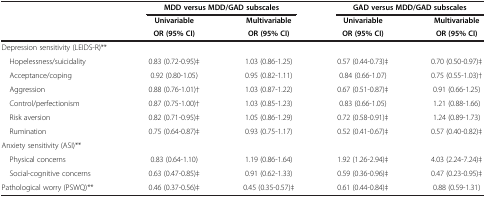
<table><thead><tr><td><b> </b></td><td colspan="2"><b>MDD versus MDD/GAD subscales</b></td><td colspan="2"><b>GAD versus MDD/GAD subscales</b></td></tr><tr><td><b> </b></td><td><b>Univariable</b></td><td><b>Multivariable</b></td><td><b>Univariable</b></td><td><b>Multivariable</b></td></tr><tr><td><b> </b></td><td><b>OR (95% CI)</b></td><td><b>OR (95% CI)</b></td><td><b>OR (95% CI)</b></td><td><b>OR (95% CI)</b></td></tr></thead><tbody><tr><td>Depression sensitivity (LEIDS-R)**</td><td> </td><td> </td><td> </td><td> </td></tr><tr><td> Hopelessness/suicidality</td><td>0.83 (0.72-0.95)‡</td><td>1.03 (0.86-1.25)</td><td>0.57 (0.44-0.73)‡</td><td>0.70 (0.50-0.97)‡</td></tr><tr><td> Acceptance/coping</td><td>0.92 (0.80-1.05)</td><td>0.95 (0.82-1.11)</td><td>0.84 (0.66-1.07)</td><td>0.75 (0.55-1.03)†</td></tr><tr><td> Aggression</td><td>0.88 (0.76-1.01)†</td><td>1.03 (0.87-1.22)</td><td>0.67 (0.51-0.87)‡</td><td>0.91 (0.66-1.25)</td></tr><tr><td> Control/perfectionism</td><td>0.87 (0.75-1.00)†</td><td>1.03 (0.85-1.23)</td><td>0.83 (0.66-1.05)</td><td>1.21 (0.88-1.66)</td></tr><tr><td> Risk aversion</td><td>0.82 (0.71-0.95)‡</td><td>1.05 (0.86-1.29)</td><td>0.72 (0.58-0.91)‡</td><td>1.24 (0.89-1.73)</td></tr><tr><td> Rumination</td><td>0.75 (0.64-0.87)‡</td><td>0.93 (0.75-1.17)</td><td>0.52 (0.41-0.67)‡</td><td>0.57 (0.40-0.82)‡</td></tr><tr><td>Anxiety sensitivity (ASI)**</td><td> </td><td> </td><td> </td><td> </td></tr><tr><td> Physical concerns</td><td>0.83 (0.64-1.10)</td><td>1.19 (0.86-1.64)</td><td>1.92 (1.26-2.94)‡</td><td>4.03 (2.24-7.24)‡</td></tr><tr><td> Social-cognitive concerns</td><td>0.63 (0.47-0.85)‡</td><td>0.91 (0.62-1.33)</td><td>0.59 (0.36-0.96)‡</td><td>0.47 (0.23-0.95)‡</td></tr><tr><td>Pathological worry (PSWQ)**</td><td>0.46 (0.37-0.56)‡</td><td>0.45 (0.35-0.57)‡</td><td>0.61 (0.44-0.84)‡</td><td>0.88 (0.59-1.31)</td></tr></tbody></table>